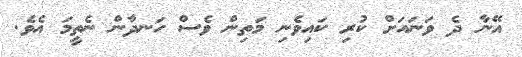
އޭނާ ދެ ވަނައަށް ކުރި ކައިވެނި މަތިން ވެސް ހަނދާން ނެތީމަ އެވެ.